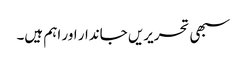
سبھی تحریریں جاندار اور اہم ہیں۔